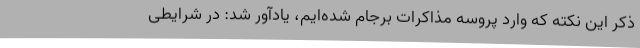
ذکر این نکته که وارد پروسه مذاکرات برجام شده‌ایم، یادآور شد: در شرایطی